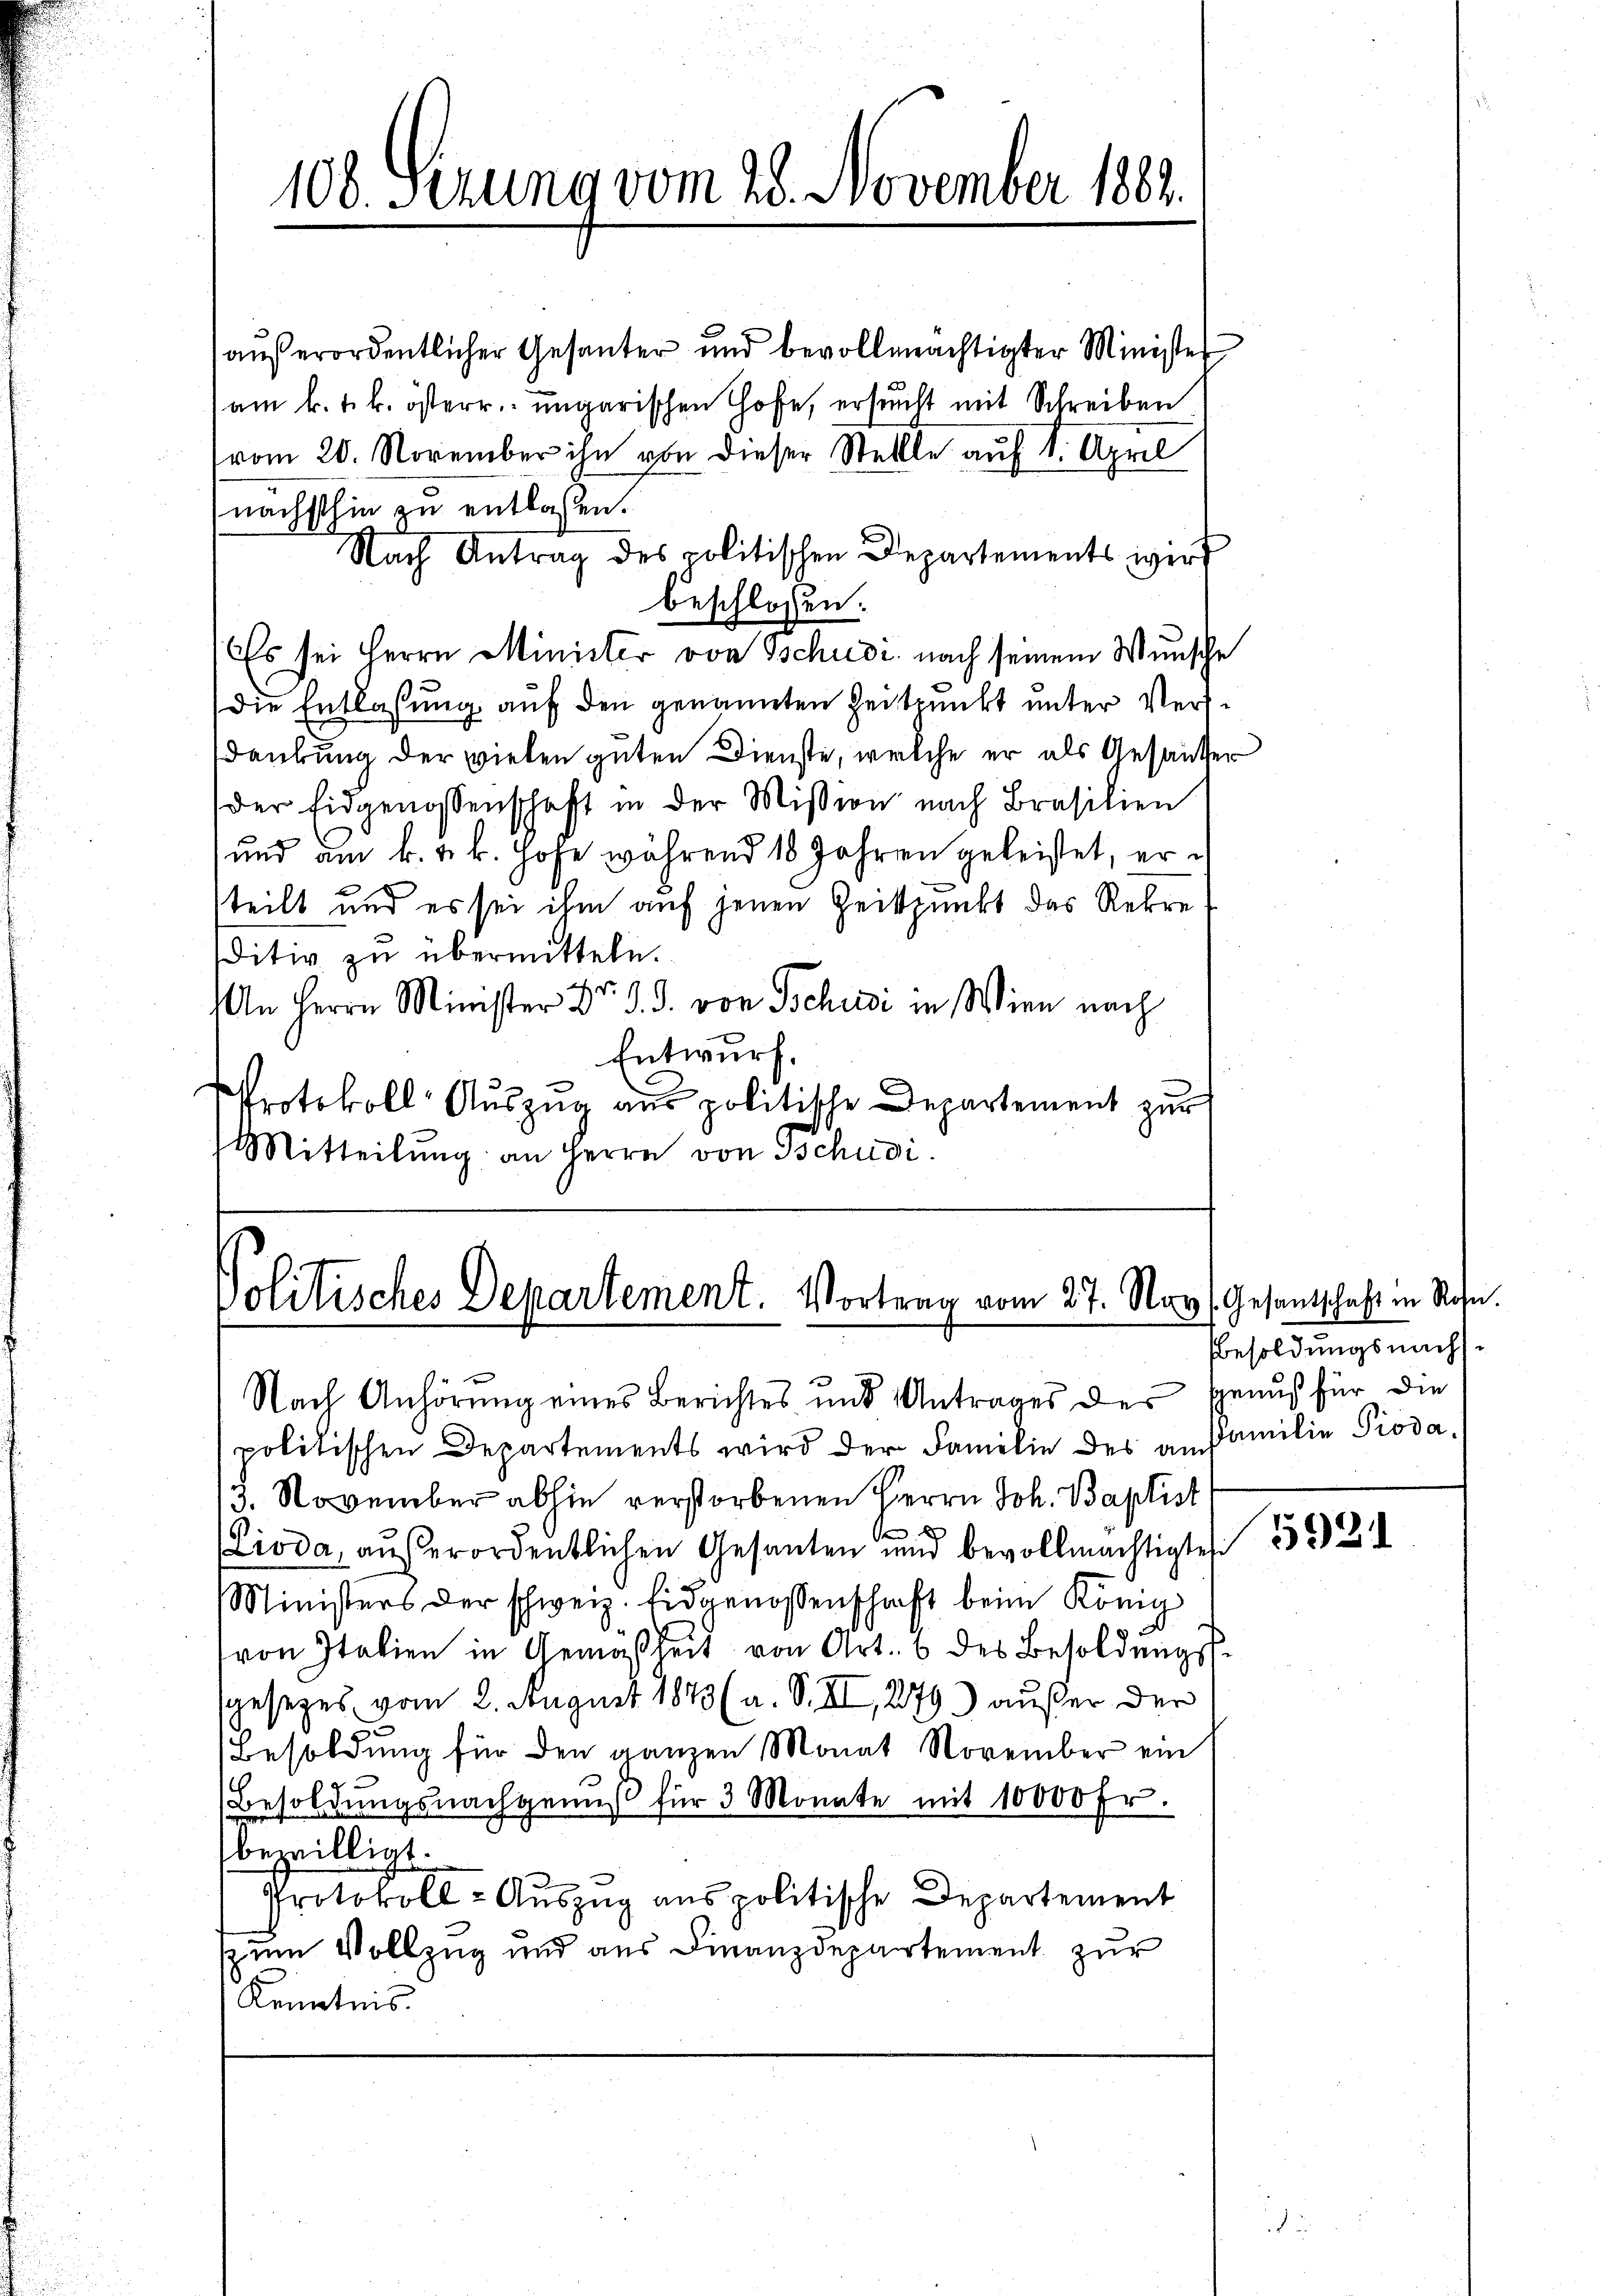
108. Serung vom 28. November 1882.

außerordentlicher Gesanter und bevollmächtigter Minister
am k. k. k. österr. ungarischen Chofe, ersucht mit Schreiben
vom 20. November ihn von dieser Stellle auf 1. April
nächsthin zu entlassen.
Nach Antrag des politischen Departements wird
beschlossen:
Es sei Herrn Minister von Tschudi nach seinem Wunsche
die Entlassung auf den genannten Zeitpunkt unter Versdankung der vielen guten Dienste, welche er als Gesandter
der Eidgenossenschaft in der Mission nach Brasilien
und am k. k. k. Hofe während 18 Jahren geleistet, er ih
teilt und es sei ihm auf jenen Zeitpunkt das Rekre
ditiv zu übermitteln.
An Herrn Minister Dr. d. J. von Tschudi in Wien nach
Entwurf.
Protokoll Auszug aus politische Departement zur
Mitteilŭng an Herrn von Tschudi

Politisches Departement. Vortrag vom 27. Nov. Gesantschaft in Rote.

politischen Departements wird der Familie des an Familie Pioda,
3. November abhin verstorbenen Herrn Joh. Baptist
.
Lioda, aŭβerordentlichen Gesanten und bevollmächtigtei
Ministers der schweiz. Eidgenossenschaft beim König
von Italien in Gemäsheit von Art. 6 des Besoldungs-
sgesetzes vom 2. August 1843 (a. S. II, 279) außer der
Besoldung für den ganzen Monat November ein
Besoldŭngsnachgenŭβ für 3 Monate mit 10000 Fr.
bezwilligt.
Protokoll- Aŭszŭg anspolitische Departement
zum Vollzug und aus Finanzdepartement zur
Kenntnis.

Nach Anhörung eines Berichtes und Antrages des genus für die

Besoldungsnachs¬

5921